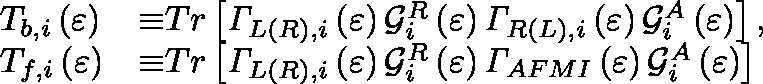
\begin{array} { l l } { T _ { b , i } \left( \varepsilon \right) } & { { \equiv } T r \left[ { \hslash } { \mathit { \Gamma } } _ { L ( R ) , i } \left( \varepsilon \right) { \mathcal { G } } _ { i } ^ { R } \left( \varepsilon \right) { \hslash } { \mathit { \Gamma } } _ { R ( L ) , i } \left( \varepsilon \right) { \mathcal { G } } _ { i } ^ { A } \left( \varepsilon \right) \right] , } \\ { T _ { f , i } \left( \varepsilon \right) } & { { \equiv } T r \left[ { \hslash } { \mathit { \Gamma } } _ { L ( R ) , i } \left( \varepsilon \right) { \mathcal { G } } _ { i } ^ { R } \left( \varepsilon \right) { \hslash } { \mathit { \Gamma } } _ { A F M I } \left( \varepsilon \right) { \mathcal { G } } _ { i } ^ { A } \left( \varepsilon \right) \right] } \end{array}